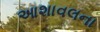
આશાવલના